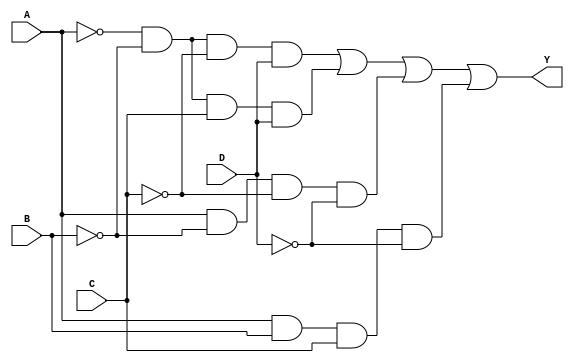
module combinational_logic_block (
    input wire A,   // Input variable A
    input wire B,   // Input variable B
    input wire C,   // Input variable C
    input wire D,   // Input variable D
    output wire Y   // Output variable Y
);

    // Implementing the logical expression Y = A'B'C'D + A'B'CD + AB'C'D' + ABCD'
    assign Y = (~A & ~B & ~C & D) |    // A'B'C'D
               (~A & ~B & C & D) |    // A'B'CD
               (A & ~B & ~C & ~D) |   // AB'C'D'
               (A & B & C & ~D);      // ABCD'

endmodule